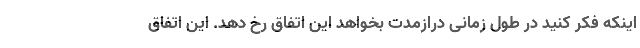
اینکه فکر کنید در طول زمانی درازمدت بخواهد این اتفاق رخ دهد. این اتفاق